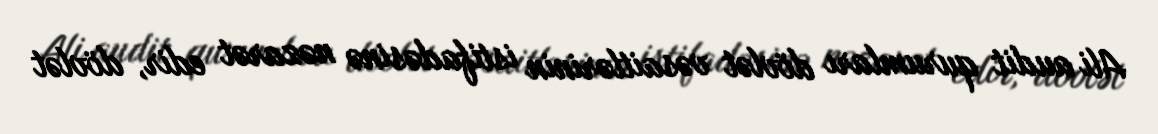
Ali audit qurumları dövlət vəsaitlərinin istifadəsinə nəzarət edir, dövlət